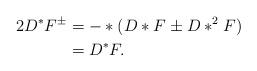
LaTeX: \begin{align*}2 D^*F^\pm & = - \ast ( D \ast F \pm D \ast^2 F ) \\& = D^* F.\end{align*}